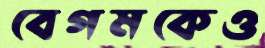
বেগমকেও